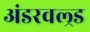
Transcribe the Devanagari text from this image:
अंडरवल्र्ड